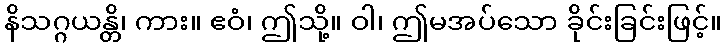
နိသဂ္ဂယန္တိ၊ ကား။ ဧဝံ၊ ဤသို့။ ဝါ၊ ဤမအပ်သော ခိုင်းခြင်းဖြင့်။